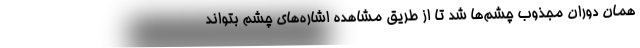
همان دوران مجذوب چشم‌ها شد تا از طریق مشاهده اشاره‌های چشم بتواند